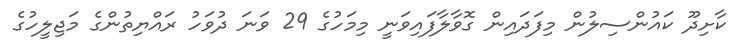
ކާށިދޫ ކައުންސިލުން މިފަދައިން ގޮވާލާފައިވަނީ މިމަހުގެ 29 ވަނަ ދުވަހު ރައްޔިތުންގެ މަޖިލީހުގެ